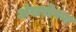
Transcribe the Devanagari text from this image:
अंखरोपण